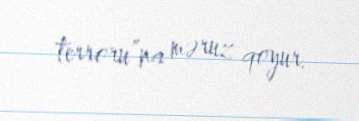
terroru”na məruz qoyur.